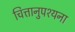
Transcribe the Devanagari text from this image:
चित्तानुपश्यना